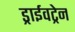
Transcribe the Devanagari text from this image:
ड्राईवट्रेन